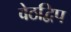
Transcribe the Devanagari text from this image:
वेठद्विप